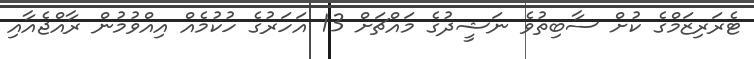
ޓެރަރިޒަމްގެ ކުށް ސާބިތުވެ ނަޝީދުގެ މައްޗަށް 13 އަހަރުގެ ހުކުމެއް އިއްވުމުން ރާއްޖެއާއި